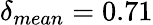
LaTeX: \delta_{mean}=0.71